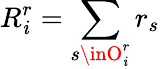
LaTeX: R_{\mathit{i}}^{r}=\sum_{s\inO_{\mathit{i}}^{r}}r_{s}